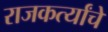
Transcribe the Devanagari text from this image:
राजकर्त्यांचे